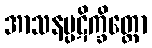
အာသနပ္ပဋိက္ခိတ္တော